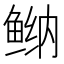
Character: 𱇴